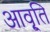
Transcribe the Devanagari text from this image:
आवृ्ति